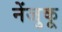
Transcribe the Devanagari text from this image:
नेंजुकू